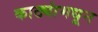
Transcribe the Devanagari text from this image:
काठ्यांमधून